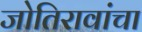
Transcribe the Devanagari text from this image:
जोतिरावांचा